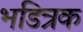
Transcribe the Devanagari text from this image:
भडित्रक